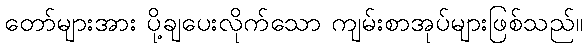
တော်များအား ပို့ချပေးလိုက်သော ကျမ်းစာအုပ်များဖြစ်သည်။